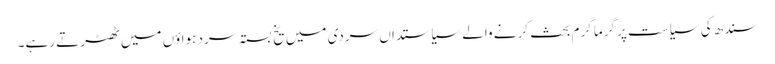
سندھ کی سیاست پر گرما گرم بحث کرنے والے سیاستداں سردی میں یخ بستہ سرد ہواؤں میں ٹھٹرتے رہے۔